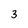
Character: 3